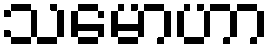
သမောဟာ